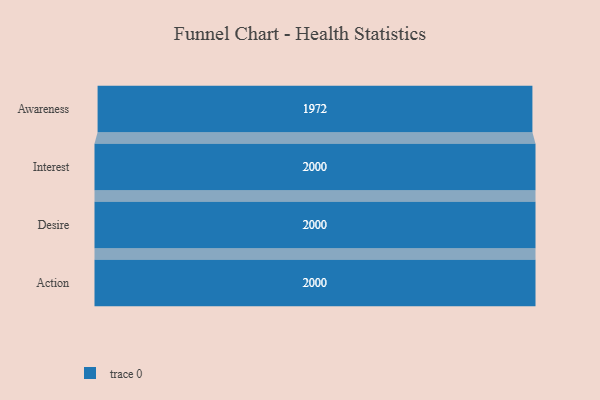
{"axis": {"x": "Stage", "y": "Value"}, "legend": [""], "data": [{"x": "Awareness", "y": 1972.0, "type": ""}, {"x": "Interest", "y": 2000, "type": ""}, {"x": "Desire", "y": 2000, "type": ""}, {"x": "Action", "y": 2000, "type": ""}]}